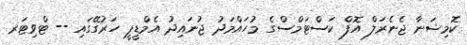
ކޮމިޝަނާ ޖެނެރަލް އޮފް ކަސްޓަމްސްގެ މުހައްމަދު ޖުނައިދު އެމްޑީޕީ ހަރުގޭގައި -- ޓްވިޓަރ